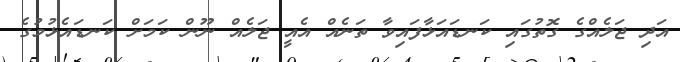
އަދި ޖަލެއްގެ ގޮތުގައި ކަނޑައަޅާފައިވާ ތަނެއް އެއީ ޖަލެއް ނޫން ކަމަށް ކަނޑައެޅުމުގެ